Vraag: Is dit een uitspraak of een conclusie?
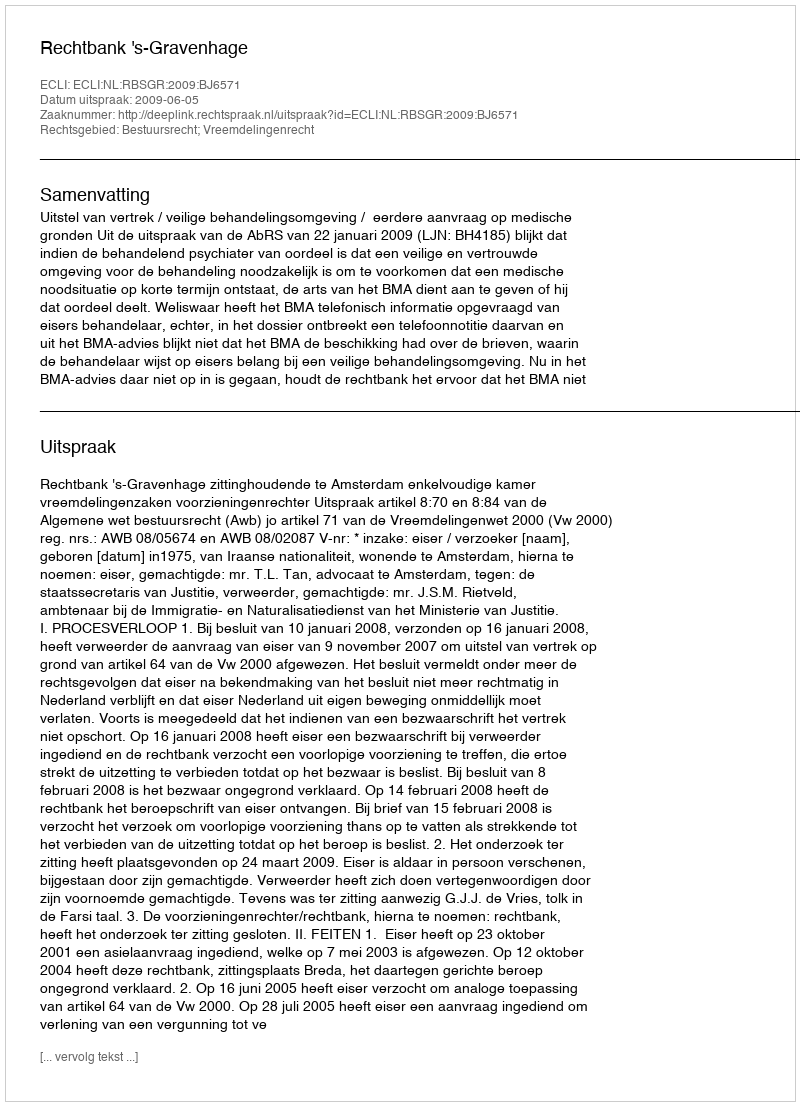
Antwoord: Uitspraak